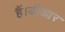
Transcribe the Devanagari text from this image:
हैं।डीआर